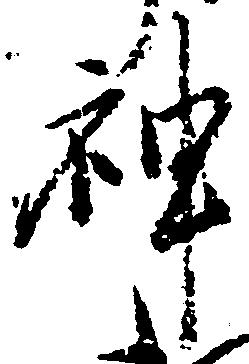
神